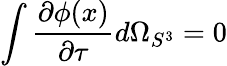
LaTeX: \int\frac{\partial\phi(x)}{\partial\tau}d\Omega_{S^{3}}=0